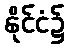
နိုင်ငံ၌